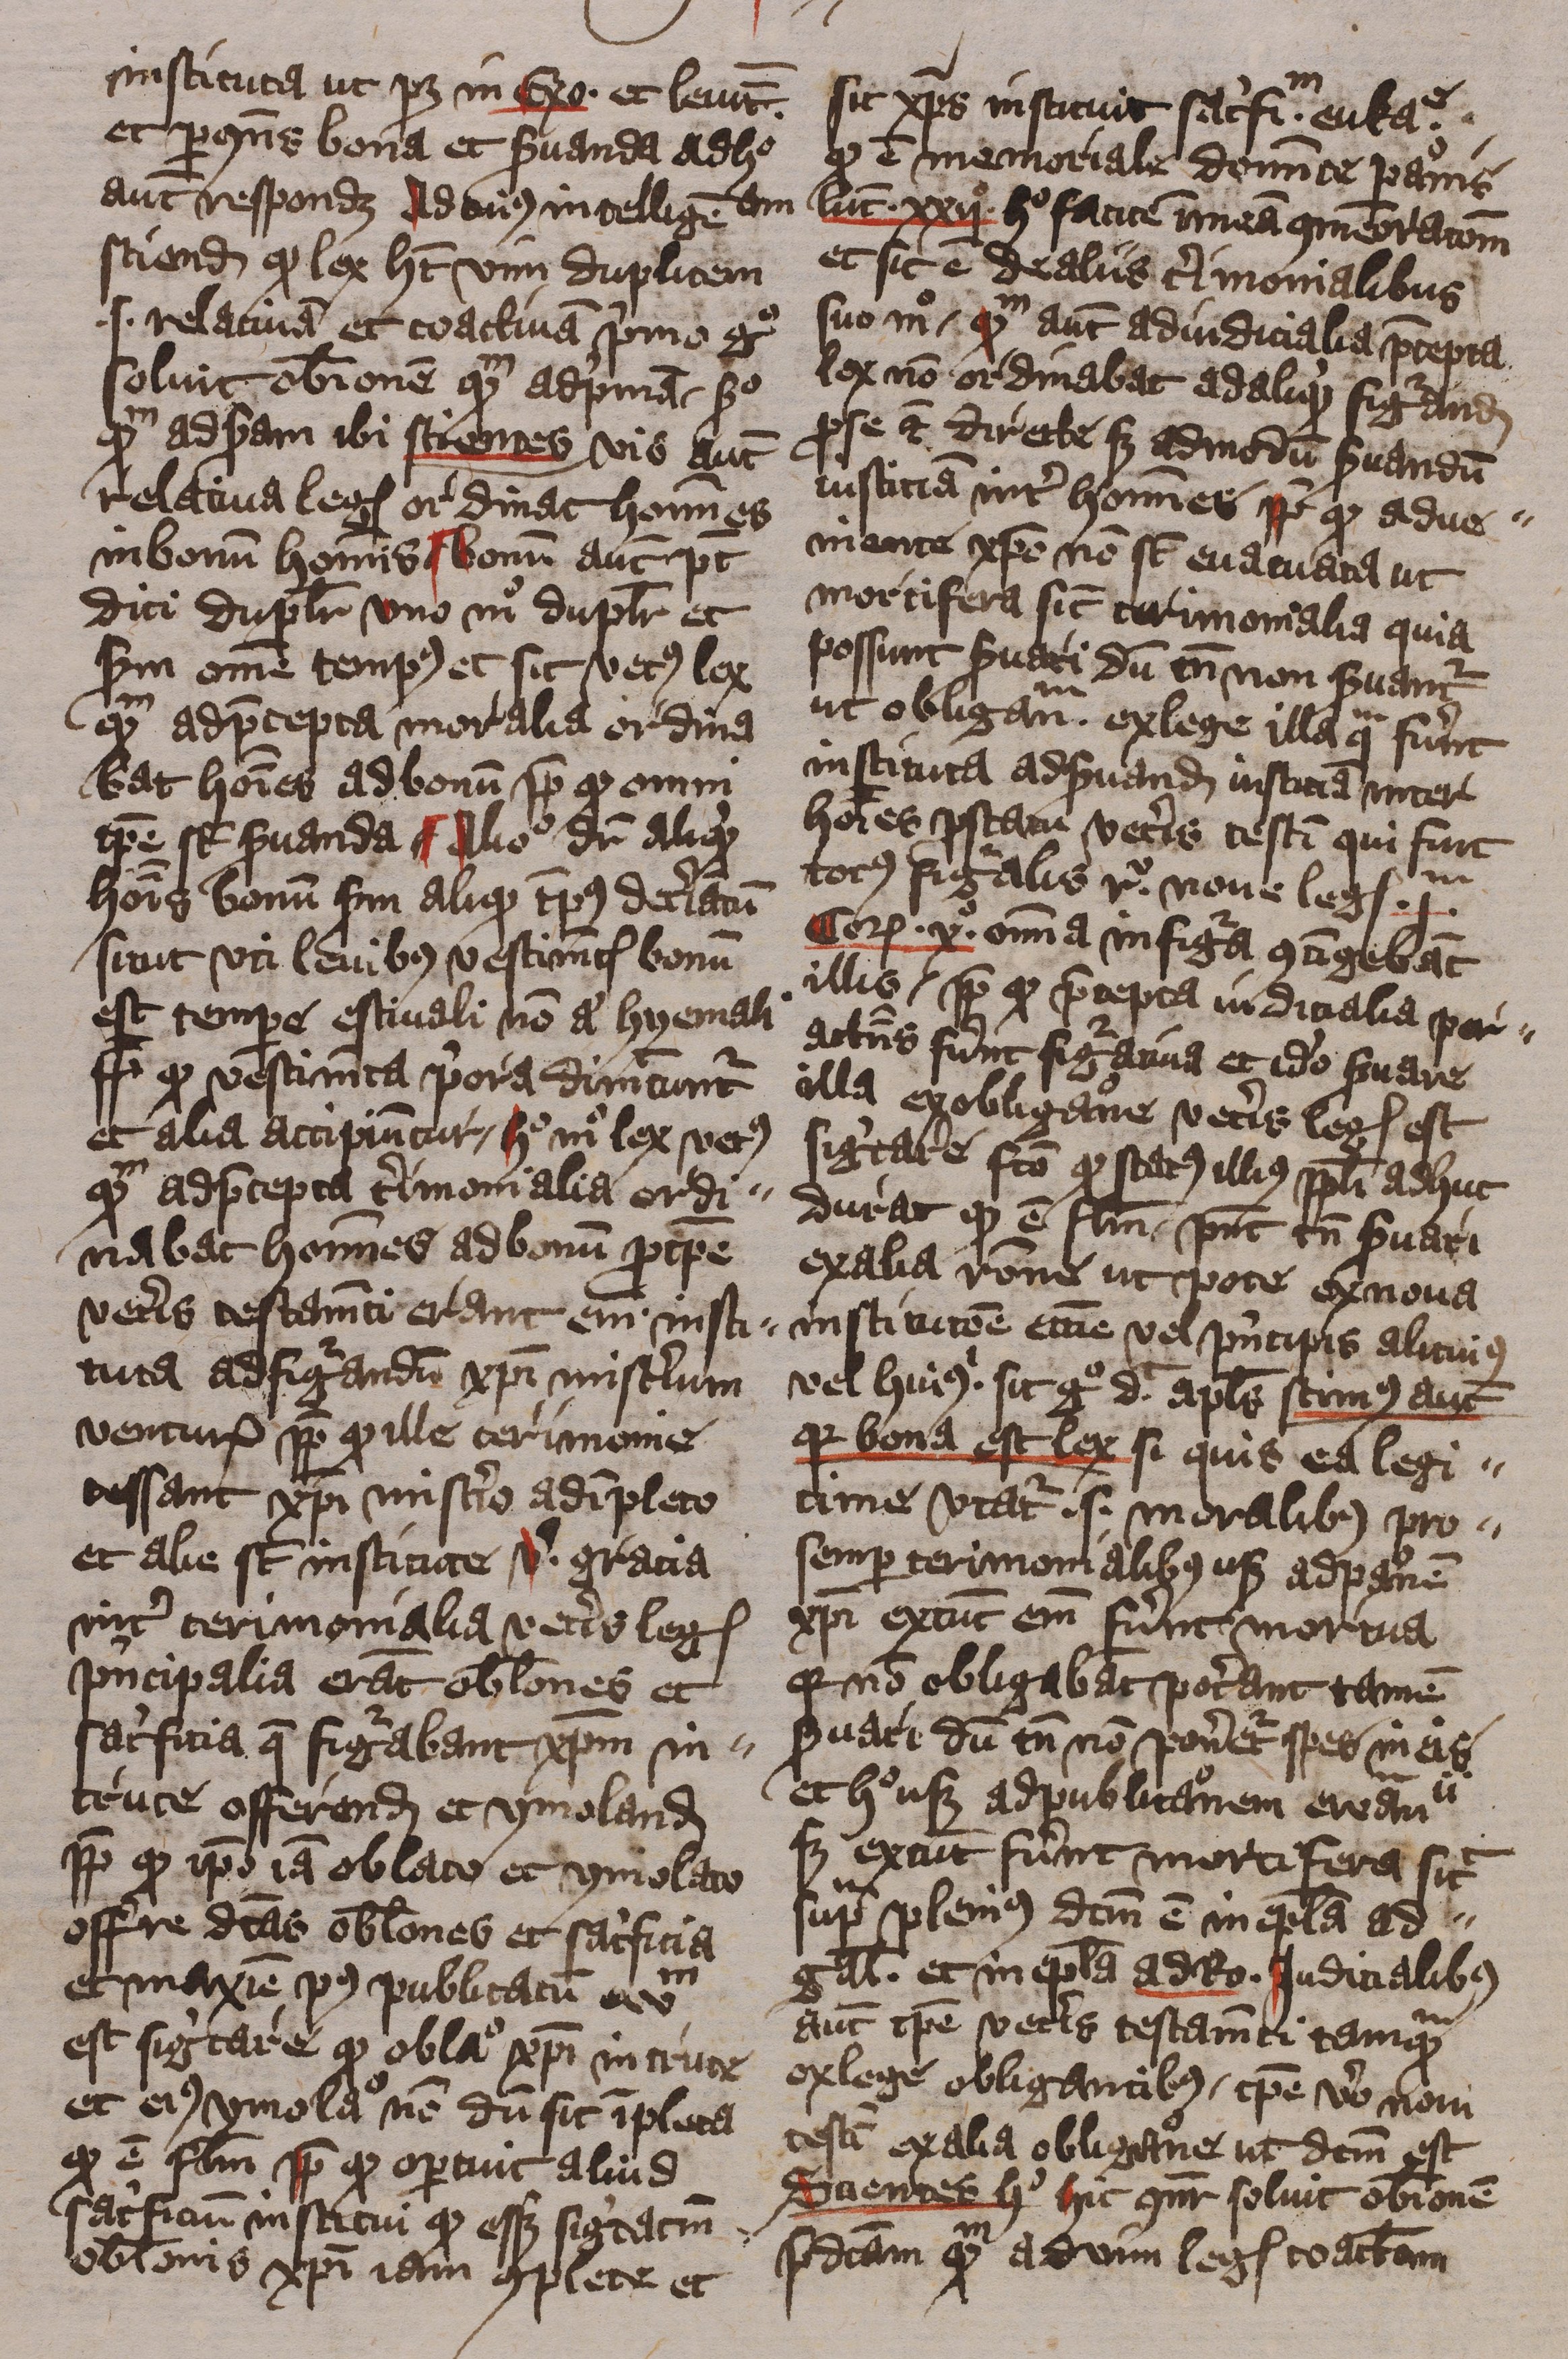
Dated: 1413–1415